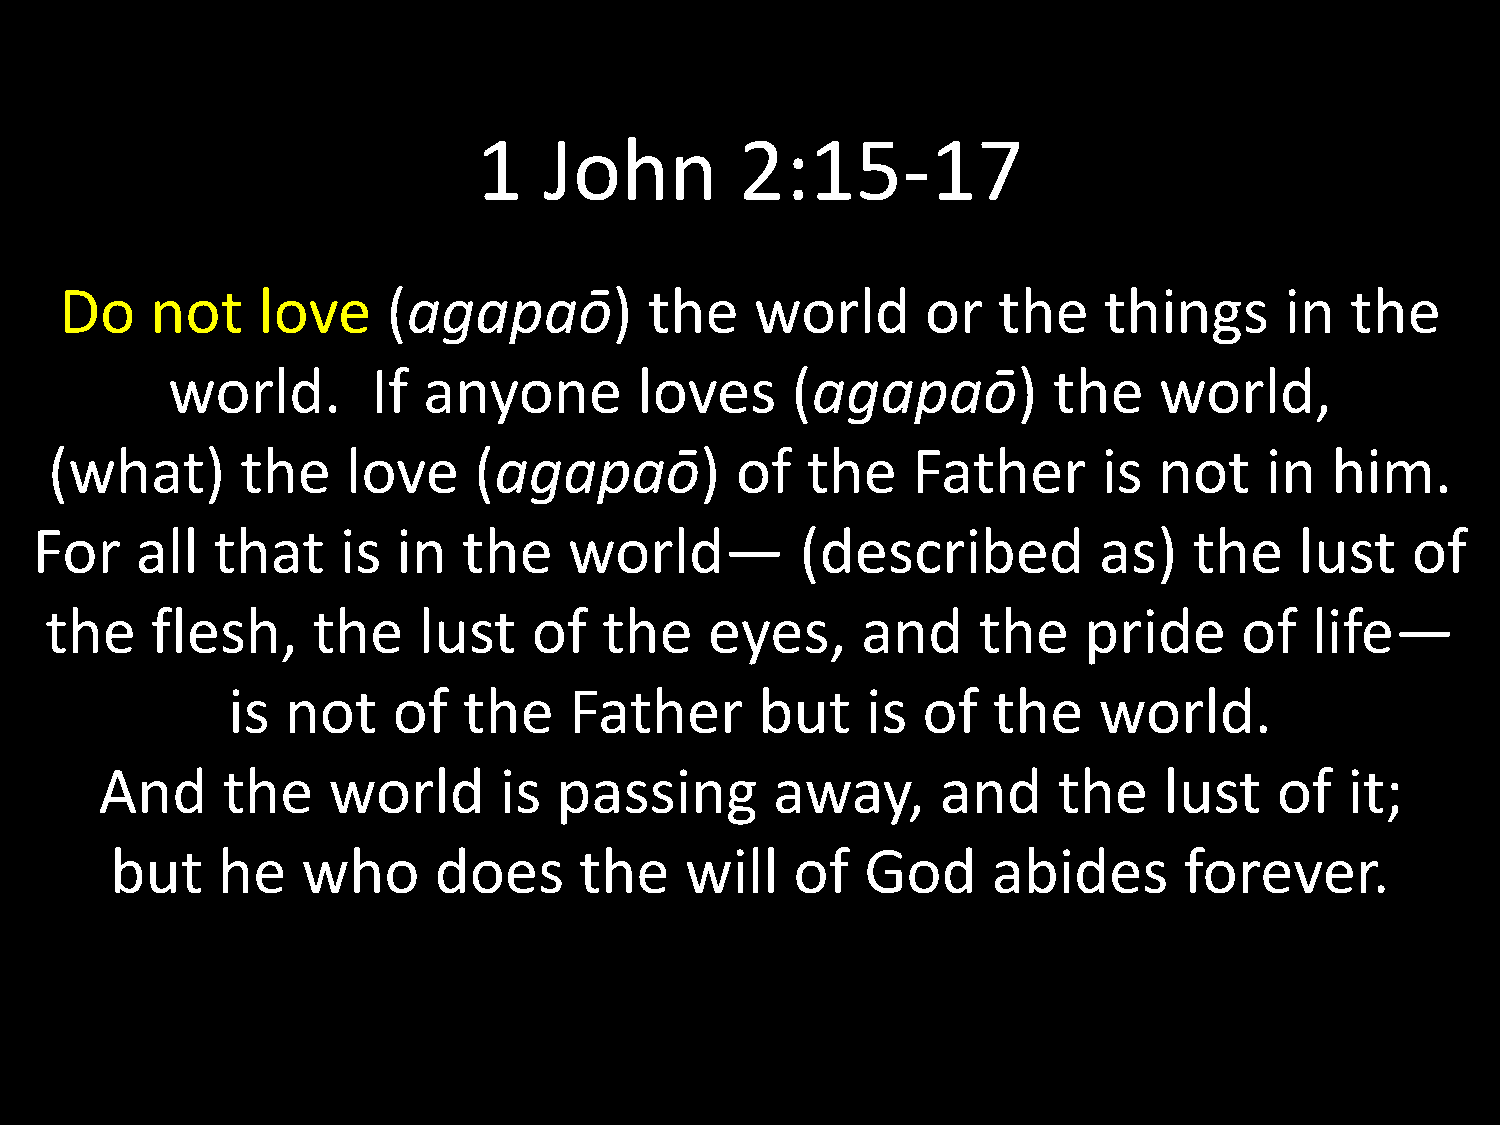
1   John         2:15-17
 Do    not    love     (agapaō)         the    world      or   the    things      in  the
 world.        If anyone        loves     (agapaō)          the    world,
 (what)       the    love    (agapaō)          of  the    Father       is  not    in  him.
 For    all  that     is in   the    world—         (described          as)   the    lust   of
 the    flesh,     the    lust   of   the    eyes,     and     the    pride     of   life—
 is  not    of   the    Father      but    is  of   the    world.
 And     the    world      is  passing       away,      and     the    lust    of  it;
 but    he    who      does     the    will    of  God      abides      forever.